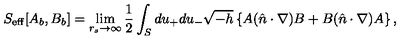
S _ { \mathrm { e f f } } [ A _ { b } , B _ { b } ] = \lim _ { r _ { s } \to \infty } { \frac { 1 } { 2 } } \int _ { S } d u _ { + } d u _ { - } \sqrt { - h } \left\{ A ( \hat { n } \cdot \nabla ) B + B ( \hat { n } \cdot \nabla ) A \right\} ,